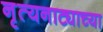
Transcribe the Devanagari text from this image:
नृत्यनाट्याच्या